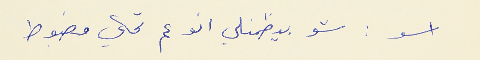
اسعد : شو بيظمنلي انو عم تحكي مضبوط